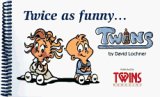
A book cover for Twice As Funny... Twins: A Book of Cartoons; David Lochner; Parenting & Relationships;